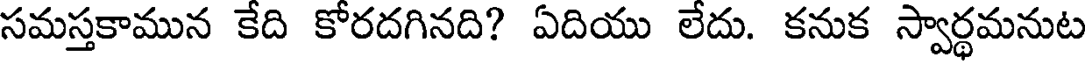
సమస్తకామున కేది కోరదగినది? ఏదియు లేదు. కనుక స్వార్థమనుట